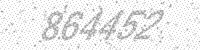
Solution: 864452